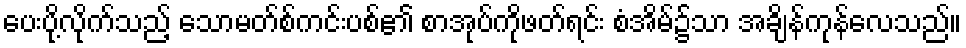
ပေးပို့လိုက်သည့် သောမတ်စ်ကင်းပစ်၏ စာအုပ်ကိုဖတ်ရင်း စံအိမ်၌သာ အချိန်ကုန်လေသည်။